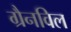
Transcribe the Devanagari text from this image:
ग्रैनविल